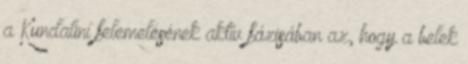
a Kundaliní felemelésének aktív fázisában az, hogy a belek